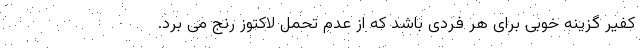
کفیر گزینه خوبی برای هر فردی باشد که از عدم تحمل لاکتوز رنج می برد.